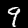
Label: 9